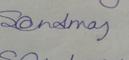
Signature authenticity: genuine